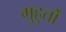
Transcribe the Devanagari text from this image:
मुहुर्तों